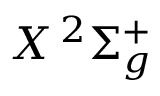
X \, { ^ 2 \Sigma _ { g } ^ { + } }